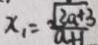
x _ { 1 } = \frac { \sqrt { 3 a + 3 } } { a + 1 }